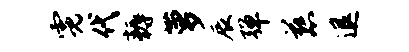
霓代耨萝辰弹慈退